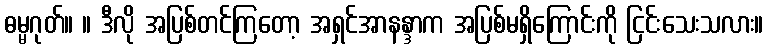
ဓမ္မဂုတ်။ ။ ဒီလို အပြစ်တင်ကြတော့ အရှင်အာနန္ဒာက အပြစ်မရှိကြောင်းကို ငြင်းသေးသလား။